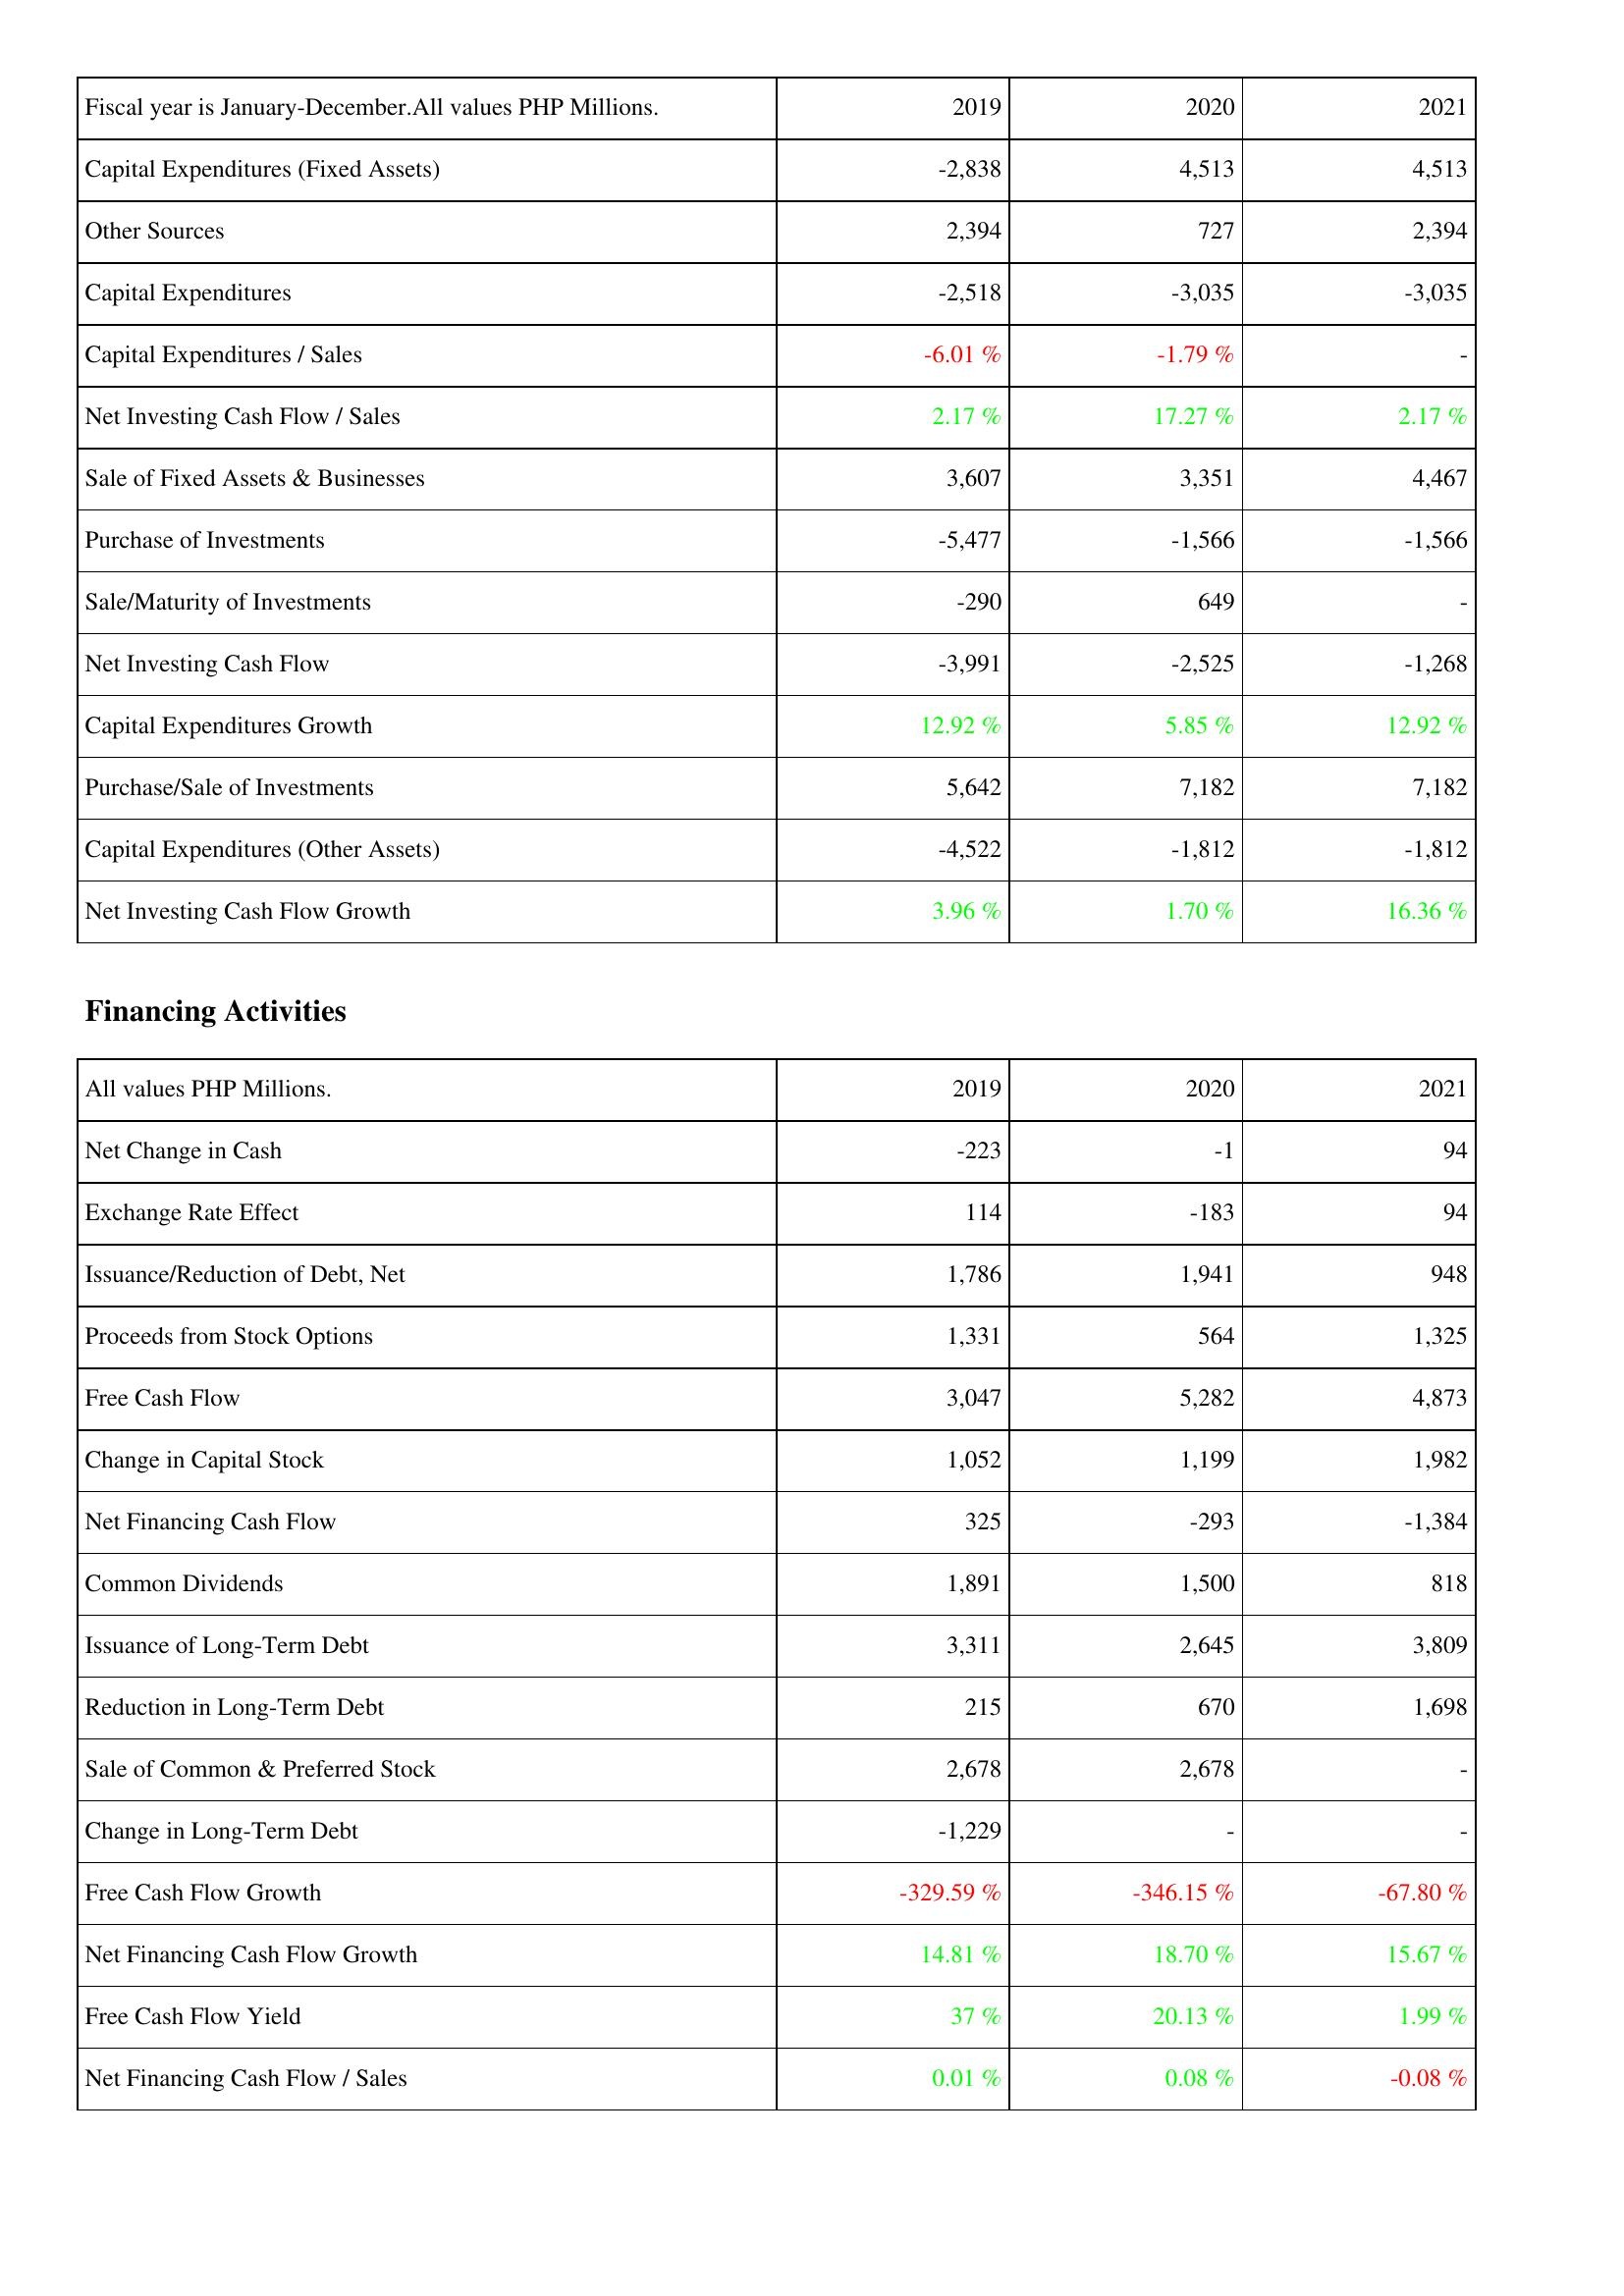
2019: Investing Activities: Capital Expenditures (Fixed Assets): -2,838
Other Sources: 2,394
Capital Expenditures: -2,518
Capital Expenditures / Sales: -6.01 %
Net Investing Cash Flow / Sales: 2.17 %
Sale of Fixed Assets & Businesses: 3,607
Purchase of Investments: -5,477
Sale/Maturity of Investments: -290
Net Investing Cash Flow: -3,991
Capital Expenditures Growth: 12.92 %
Purchase/Sale of Investments: 5,642
Capital Expenditures (Other Assets): -4,522
Net Investing Cash Flow Growth: 3.96 %
Financing Activities: Net Change in Cash: -223
Exchange Rate Effect: 114
Issuance/Reduction of Debt, Net: 1,786
Proceeds from Stock Options: 1,331
Free Cash Flow: 3,047
Change in Capital Stock: 1,052
Net Financing Cash Flow: 325
Common Dividends: 1,891
Issuance of Long-Term Debt: 3,311
Reduction in Long-Term Debt: 215
Sale of Common & Preferred Stock: 2,678
Change in Long-Term Debt: -1,229
Free Cash Flow Growth: -329.59 %
Net Financing Cash Flow Growth: 14.81 %
Free Cash Flow Yield: 37 %
Net Financing Cash Flow / Sales: 0.01 %
2020: Investing Activities: Capital Expenditures (Fixed Assets): 4,513
Other Sources: 727
Capital Expenditures: -3,035
Capital Expenditures / Sales: -1.79 %
Net Investing Cash Flow / Sales: 17.27 %
Sale of Fixed Assets & Businesses: 3,351
Purchase of Investments: -1,566
Sale/Maturity of Investments: 649
Net Investing Cash Flow: -2,525
Capital Expenditures Growth: 5.85 %
Purchase/Sale of Investments: 7,182
Capital Expenditures (Other Assets): -1,812
Net Investing Cash Flow Growth: 1.70 %
Financing Activities: Net Change in Cash: -1
Exchange Rate Effect: -183
Issuance/Reduction of Debt, Net: 1,941
Proceeds from Stock Options: 564
Free Cash Flow: 5,282
Change in Capital Stock: 1,199
Net Financing Cash Flow: -293
Common Dividends: 1,500
Issuance of Long-Term Debt: 2,645
Reduction in Long-Term Debt: 670
Sale of Common & Preferred Stock: 2,678
Change in Long-Term Debt: -
Free Cash Flow Growth: -346.15 %
Net Financing Cash Flow Growth: 18.70 %
Free Cash Flow Yield: 20.13 %
Net Financing Cash Flow / Sales: 0.08 %
2021: Investing Activities: Capital Expenditures (Fixed Assets): 4,513
Other Sources: 2,394
Capital Expenditures: -3,035
Capital Expenditures / Sales: -
Net Investing Cash Flow / Sales: 2.17 %
Sale of Fixed Assets & Businesses: 4,467
Purchase of Investments: -1,566
Sale/Maturity of Investments: -
Net Investing Cash Flow: -1,268
Capital Expenditures Growth: 12.92 %
Purchase/Sale of Investments: 7,182
Capital Expenditures (Other Assets): -1,812
Net Investing Cash Flow Growth: 16.36 %
Financing Activities: Net Change in Cash: 94
Exchange Rate Effect: 94
Issuance/Reduction of Debt, Net: 948
Proceeds from Stock Options: 1,325
Free Cash Flow: 4,873
Change in Capital Stock: 1,982
Net Financing Cash Flow: -1,384
Common Dividends: 818
Issuance of Long-Term Debt: 3,809
Reduction in Long-Term Debt: 1,698
Sale of Common & Preferred Stock: -
Change in Long-Term Debt: -
Free Cash Flow Growth: -67.80 %
Net Financing Cash Flow Growth: 15.67 %
Free Cash Flow Yield: 1.99 %
Net Financing Cash Flow / Sales: -0.08 %